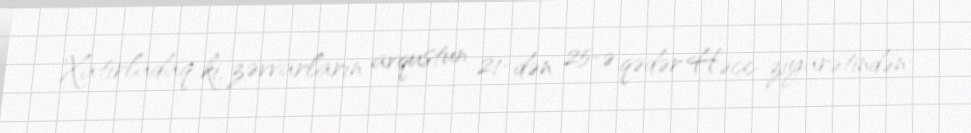
Xatırladaq ki, zəvvarların avqustun 21-dən 25-ə qədər Həcc ziyarətindən